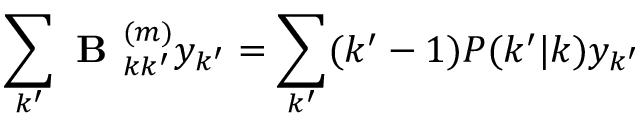
\sum _ { k ^ { \prime } } \textbf { B } _ { k k ^ { \prime } } ^ { ( m ) } y _ { k ^ { \prime } } = \sum _ { k ^ { \prime } } ( k ^ { \prime } - 1 ) P ( k ^ { \prime } | k ) y _ { k ^ { \prime } }